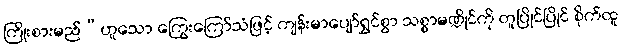
ကြိုးစားမည်”ဟူသော ကြွေးကြော်သံဖြင့် ကျန်းမာပျော်ရွှင်စွာ သစ္စာမဏ္ဍိုင်ကို တူပြိုင်ပြိုင် စိုက်ထူ